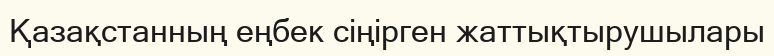
Қазақстанның еңбек сіңірген жаттықтырушылары